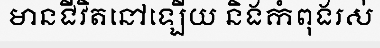
មានជីវិតនៅឡើយ និងកំពុងរស់